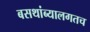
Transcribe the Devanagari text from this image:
बसथांब्यालगतच